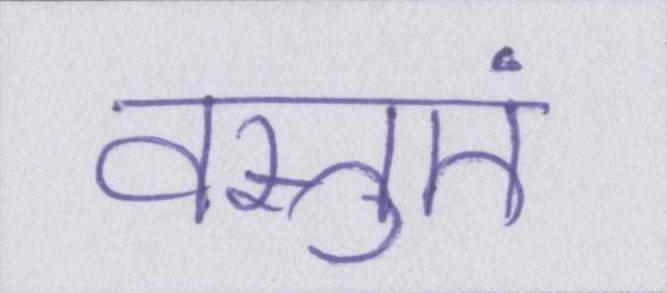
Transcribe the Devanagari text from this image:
वस्तुएं